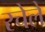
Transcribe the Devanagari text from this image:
रचेले